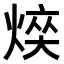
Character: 𤋋